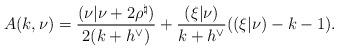
LaTeX: \begin{align*} A(k,\nu)=\frac{(\nu|\nu+2\rho^\natural)}{2(k+h^\vee)}+\frac{(\xi|\nu)}{k+h^\vee}((\xi|\nu)-k-1). \end{align*}